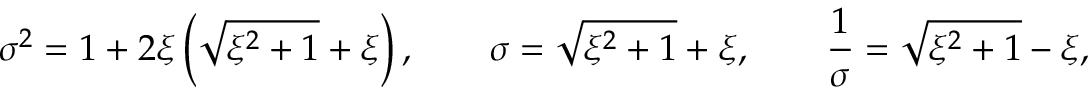
\sigma ^ { 2 } = 1 + 2 \xi \left( \sqrt { \xi ^ { 2 } + 1 } + \xi \right) , \qquad \sigma = \sqrt { \xi ^ { 2 } + 1 } + \xi , \qquad \frac { 1 } { \sigma } = \sqrt { \xi ^ { 2 } + 1 } - \xi ,